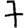
Digit: 7